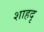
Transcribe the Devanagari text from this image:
शाहदृ